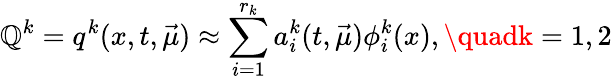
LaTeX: \mathbb{Q}^{k}=q^{k}(x,t,\vec{{\mu}})\approx\sum_{i=1}^{r_{k}}a_{i}^{k}(t,\vec{{\mu}})\phi_{i}^{k}(x),\quadk=1,2